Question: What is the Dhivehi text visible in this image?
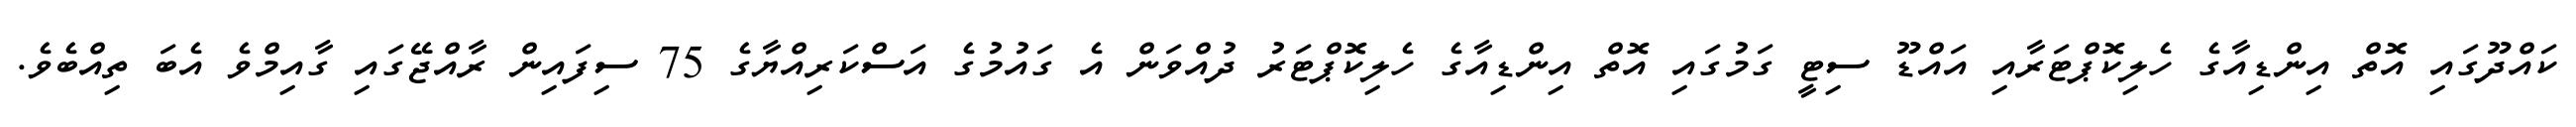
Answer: ކައްދޫގައި އޮތް އިންޑިއާގެ ހެލިކޮޕްޓަރާއި އައްޑޫ ސިޓީ ގަމުގައި އޮތް އިންޑިއާގެ ހެލިކޮޕްޓަރު ދުއްވަން އެ ގައުމުގެ އަސްކަރިއްޔާގެ 75 ސިފައިން ރާއްޖޭގައި ގާއިމްވެ އެބަ ތިއްބެވެ.